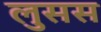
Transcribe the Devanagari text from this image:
लुसस